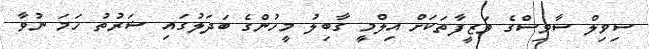
ސިވިލް ސާވިސްގެ ވަޒީފާތަކަށް އިލްމީ ގާބިލު މީހުންގެ ބަދަލުގައި ޝަރުތު ހަމަ ނުވާ